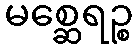
မစ္ဆေရဉ္စ